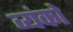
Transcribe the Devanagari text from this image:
व्यंको